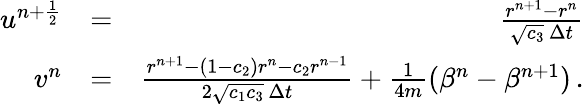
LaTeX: \begin{array}{rlr}{u^{n+\frac{1}{2}}}&{=}&{\frac{r^{n+1}-r^{n}}{\sqrt{c_{3}}\, \Delta{t}}}\\ {v^{n}}&{=}&{\frac{r^{n+1}-(1-c_{2})r^{n}-c_{2}r^{n-1}}{2\sqrt{c_{1}c_{3}}\, \Delta{t}}+\frac{1}{4m}(\beta^{n}-\beta^{n+1})\, .}\end{array}